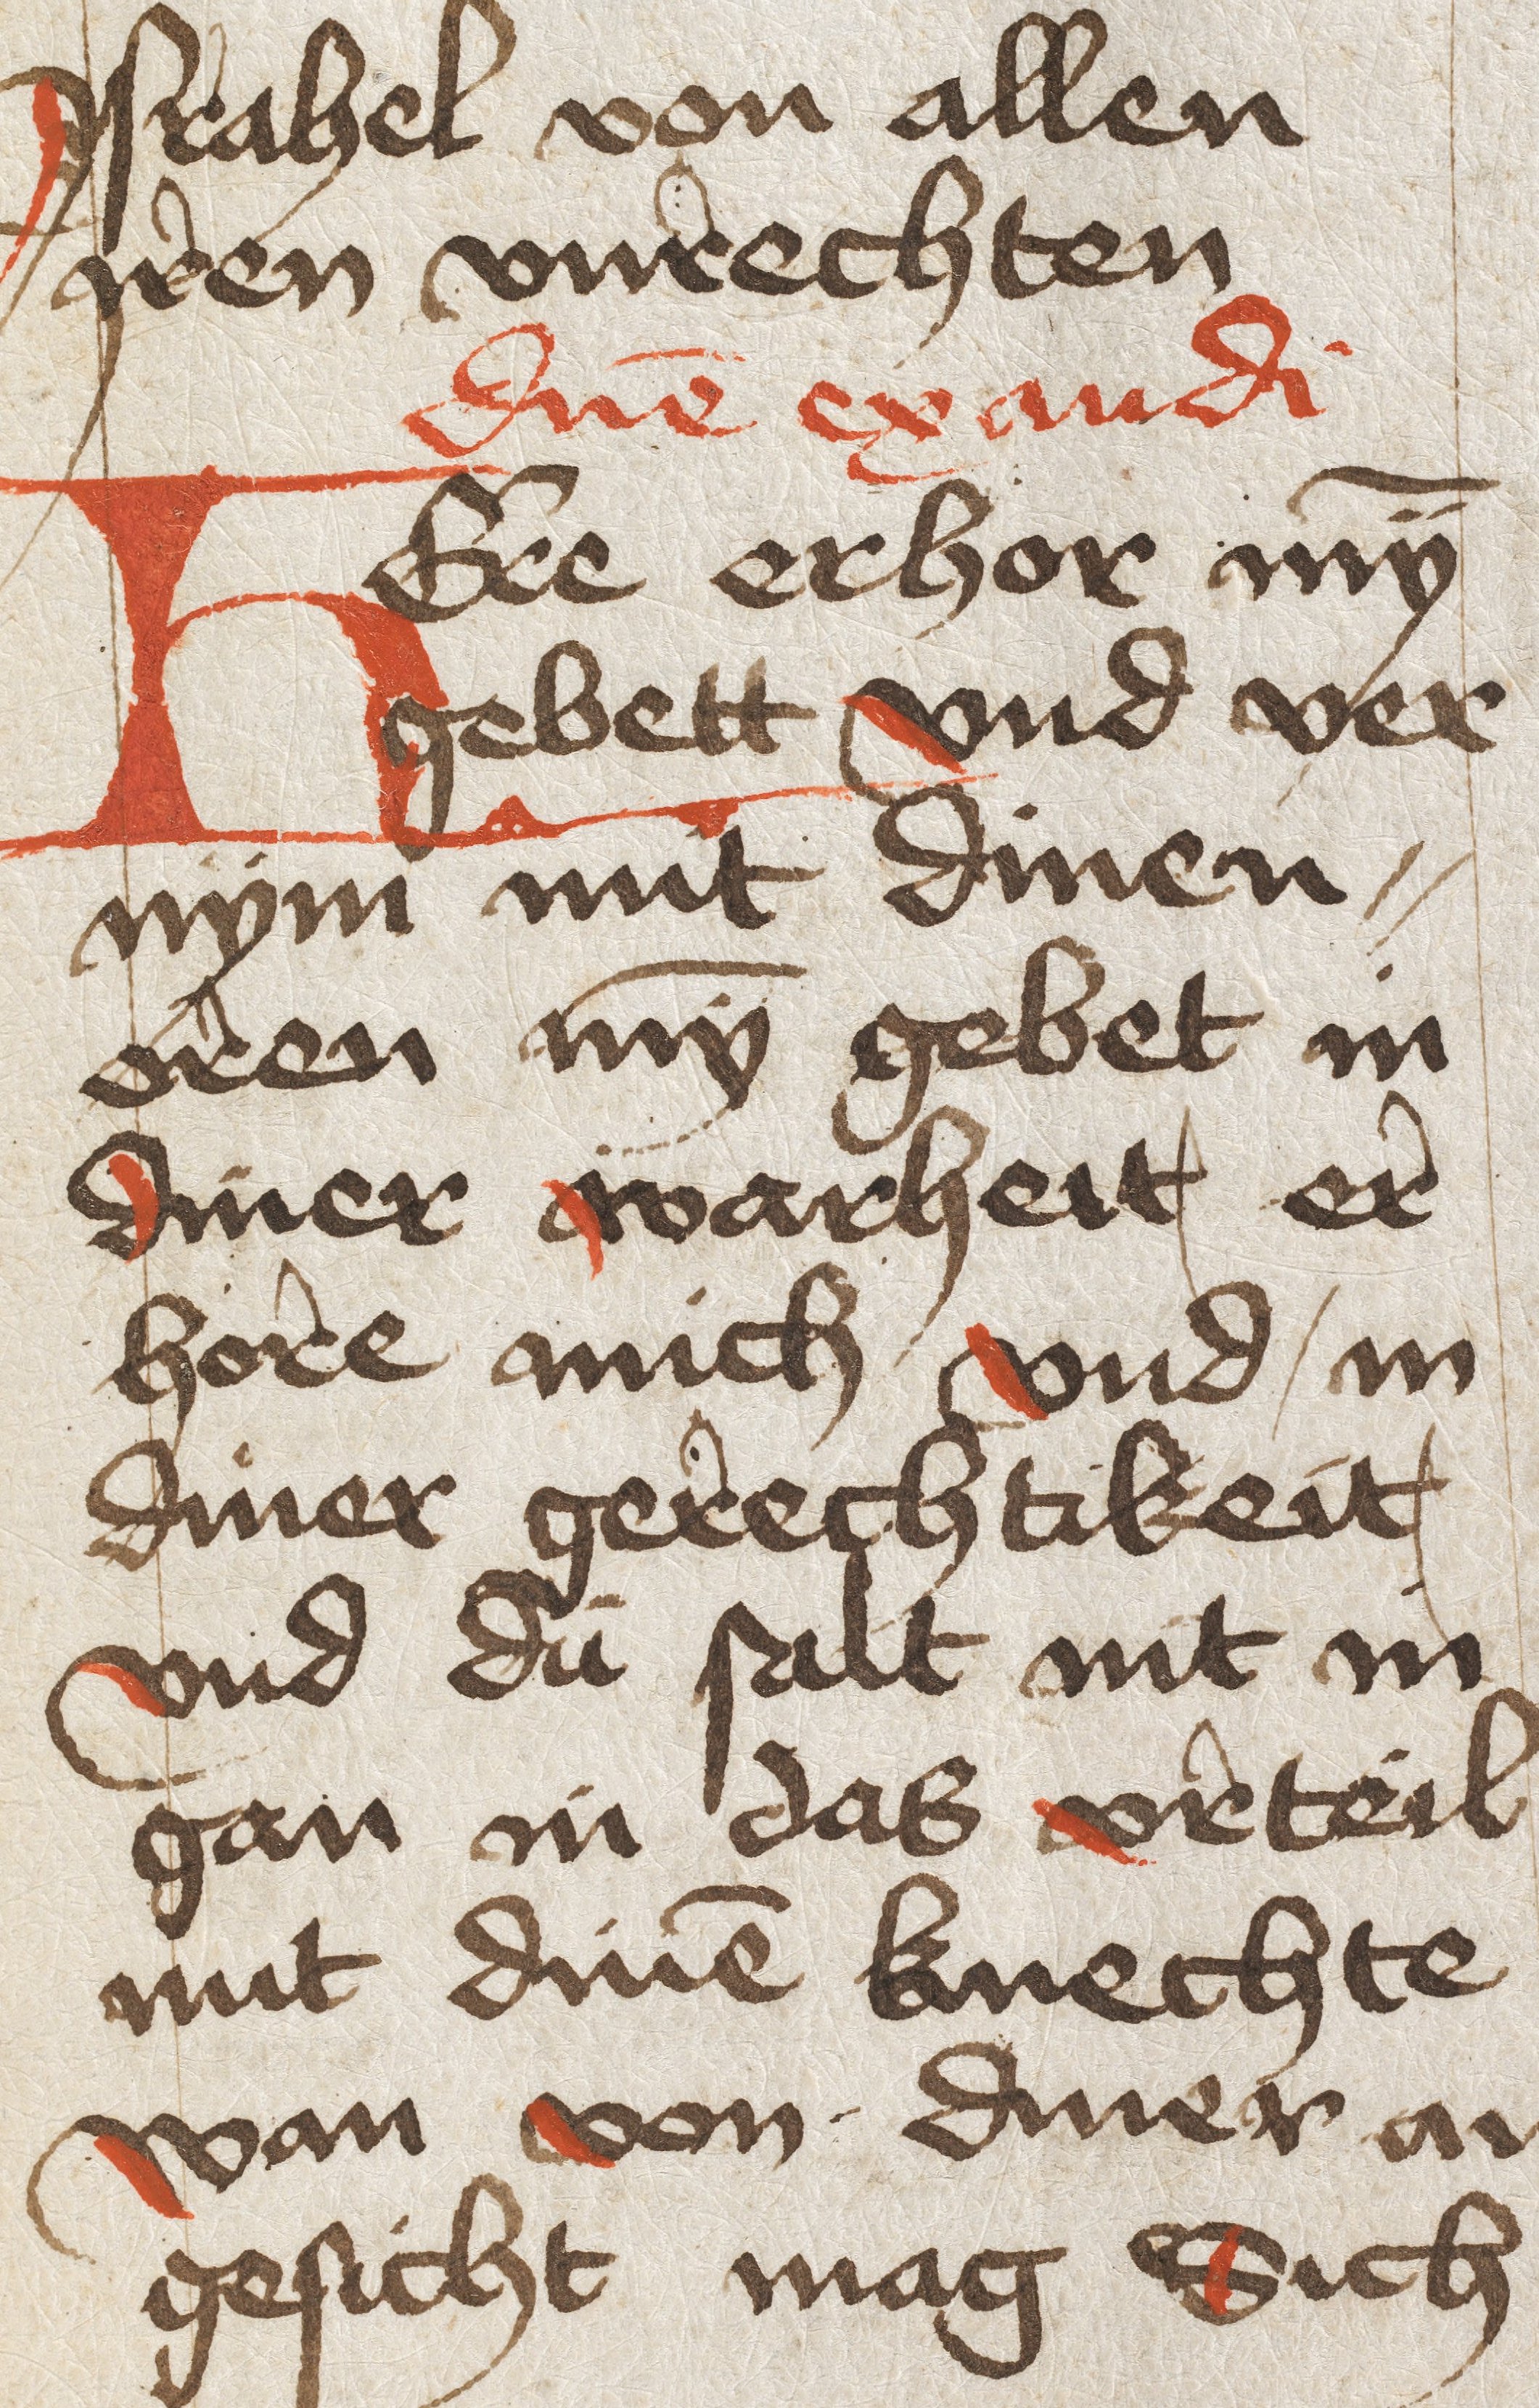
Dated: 1450–1499